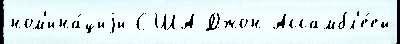
ном'ина́циjи США Джон Ассамбл'е́ей